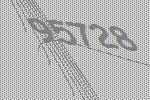
95728